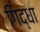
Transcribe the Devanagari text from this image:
गिद्धा